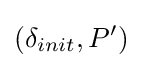
(\delta _{init},P')